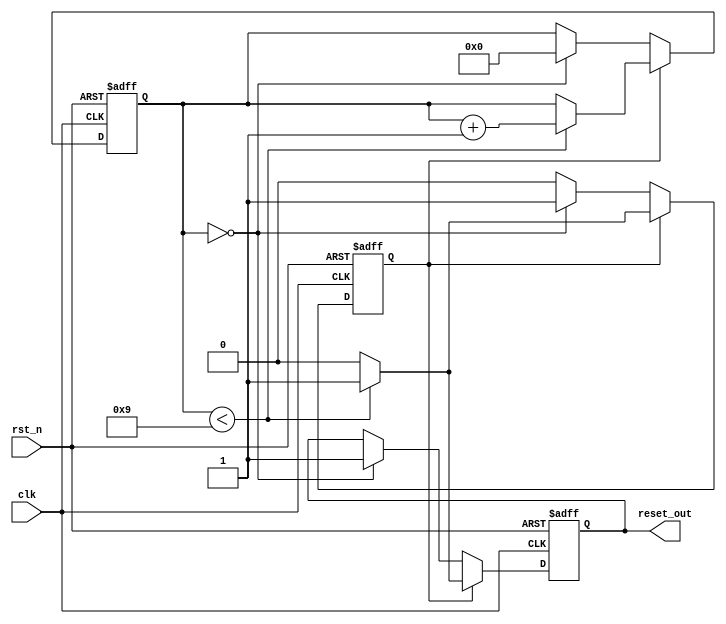
module power_on_reset (
    input wire clk,         // Clock signal
    input wire rst_n,      // Active-low external reset signal
    output reg reset_out    // Output reset signal
);

    // Parameter for the duration of the power-on reset in clock cycles
    parameter POR_DURATION = 10; // Adjust this value as needed

    // Internal state variables
    reg [3:0] counter;       // Counter for the power-on reset duration
    reg por_active;          // Flag to indicate if power-on reset is active

    // State machine for reset control
    always @(posedge clk or negedge rst_n) begin
        if (!rst_n) begin
            // If external reset is asserted, assert reset_out
            reset_out <= 1'b1;
            counter <= 0;
            por_active <= 1'b0; // Reset power-on reset flag
        end else begin
            if (por_active) begin
                // If power-on reset is active, count down
                if (counter < POR_DURATION - 1) begin
                    counter <= counter + 1;
                    reset_out <= 1'b1; // Keep reset_out asserted
                end else begin
                    // De-assert reset_out after the duration
                    reset_out <= 1'b0;
                    por_active <= 1'b0; // End power-on reset phase
                end
            end else begin
                // If not in power-on reset, check if we need to start it
                if (counter == 0) begin
                    // Start power-on reset phase
                    reset_out <= 1'b1; // Assert reset_out
                    por_active <= 1'b1; // Indicate power-on reset is active
                    counter <= 0;       // Reset counter
                end
            end
        end
    end

    // Initial block to start the power-on reset on power-up
    initial begin
        reset_out = 1'b1; // Assert reset_out initially
        counter = 0;
        por_active = 1'b1; // Start in power-on reset state
    end

endmodule